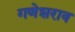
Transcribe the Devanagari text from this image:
गणेशराव